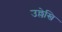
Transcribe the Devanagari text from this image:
उल्लेखि